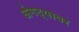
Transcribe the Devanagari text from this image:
अंगठ्यावर